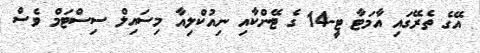
އޭގެ ތެރޭގައި އާމަޓާ ޓީ-14 ގެ ޓޭންކާއި ނިއުކްލިއާ މިސައިލް ސިސްޓަމް ވެސް